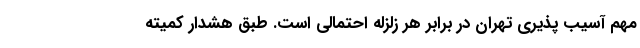
مهم آسیب پذیری تهران در برابر هر زلزله احتمالی است. طبق هشدار کمیته